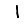
Digit: 1